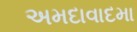
અમદાવાદમા